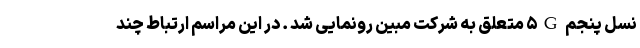
نسل پنجم ۵G متعلق به شرکت مبین رونمایی شد . در این مراسم ارتباط چند